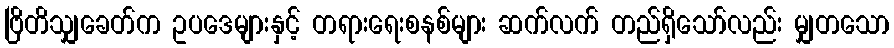
ဗြိတိသျှခေတ်က ဥပဒေများနှင့် တရားရေးစနစ်များ ဆက်လက် တည်ရှိသော်လည်း မျှတသော